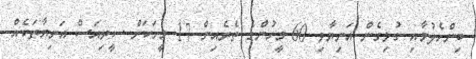
ބިންހެލުމާއި ގުޅިގެން އަނިޔާވި 60 މީހުންގެ ތެރެއިން 17 މީހަކަށް ސީރިއަސް އަނިޔާތަކެއް